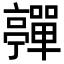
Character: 𡅄